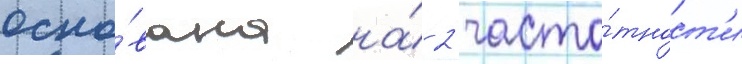
осно́вана на́ 2 часто́тност'и